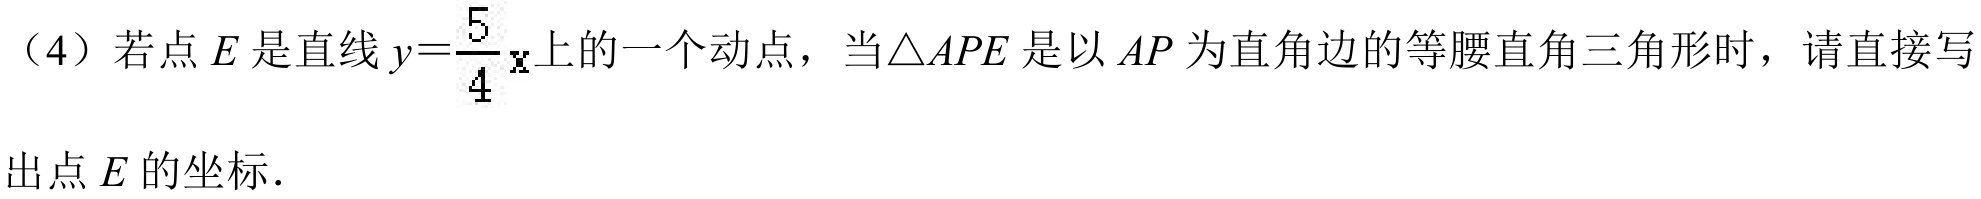
（4）若点\(E\)是直线\(y = \dfrac{5}{4}x\)上的一个动点，当\(\triangle APE\)是以\(AP\)为直角边的等腰直角三角形时，请直接写
出点\(E\)的坐标.